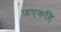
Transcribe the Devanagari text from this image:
फ़एकहि